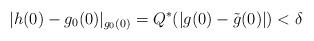
LaTeX: \begin{align*} |h(0)-g_0(0)|_{g_0(0)} = Q^* (|g(0)-\tilde{g}(0)|) < \delta\end{align*}